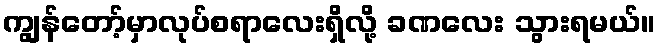
ကျွန်တော့်မှာလုပ်စရာလေးရှိလို့ ခဏလေး သွားရမယ်။